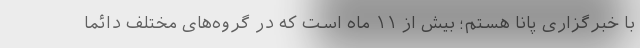
با خبرگزاری پانا هستم؛ بیش از ۱۱ ماه است که در گروه‌های مختلف دائماً